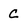
Character: C